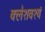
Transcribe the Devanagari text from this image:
क्लेशवश्यं